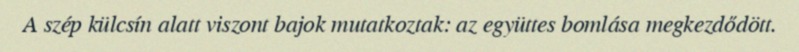
A szép külcsín alatt viszont bajok mutatkoztak: az együttes bomlása megkezdődött.